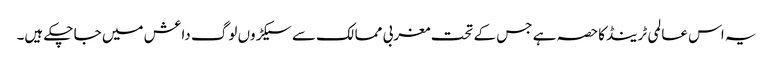
یہ اس عالمی ٹرینڈکاحصہ ہے جس کے تحت مغربی ممالک سے سیکڑوں لوگ داعش میں جا چکے ہیں۔